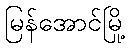
မြန်အောင်မြို့